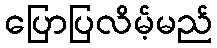
ပြောပြလိမ့်မည်